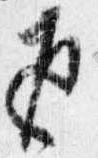
返